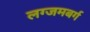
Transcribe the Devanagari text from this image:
लग्जमबर्ग